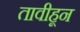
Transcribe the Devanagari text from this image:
तावीहून